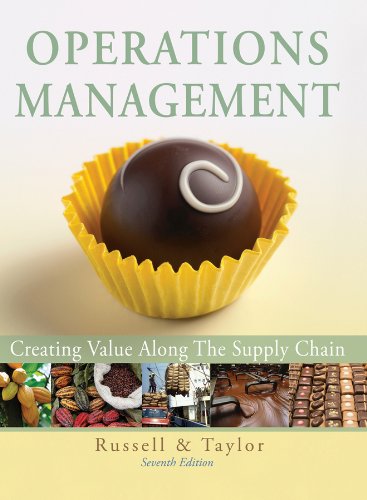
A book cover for Operations Management: Creating Value Along the Supply Chain, 7th Edition; Roberta S. Russell; Business & Money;